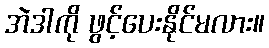
အဲဒါကို ဖွင့်ပေးနိုင်မလား။